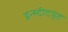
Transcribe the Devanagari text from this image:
इन्स्टीटय़ूट